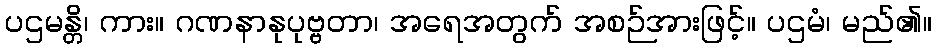
ပဌမန္တိ၊ ကား။ ဂဏနာနုပုဗ္ဗတာ၊ အရေအတွက် အစဉ်အားဖြင့်။ ပဌမံ၊ မည်၏။